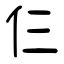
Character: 仨